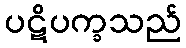
ပဋိပက္ခသည်